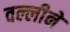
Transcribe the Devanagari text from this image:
वल्लीने